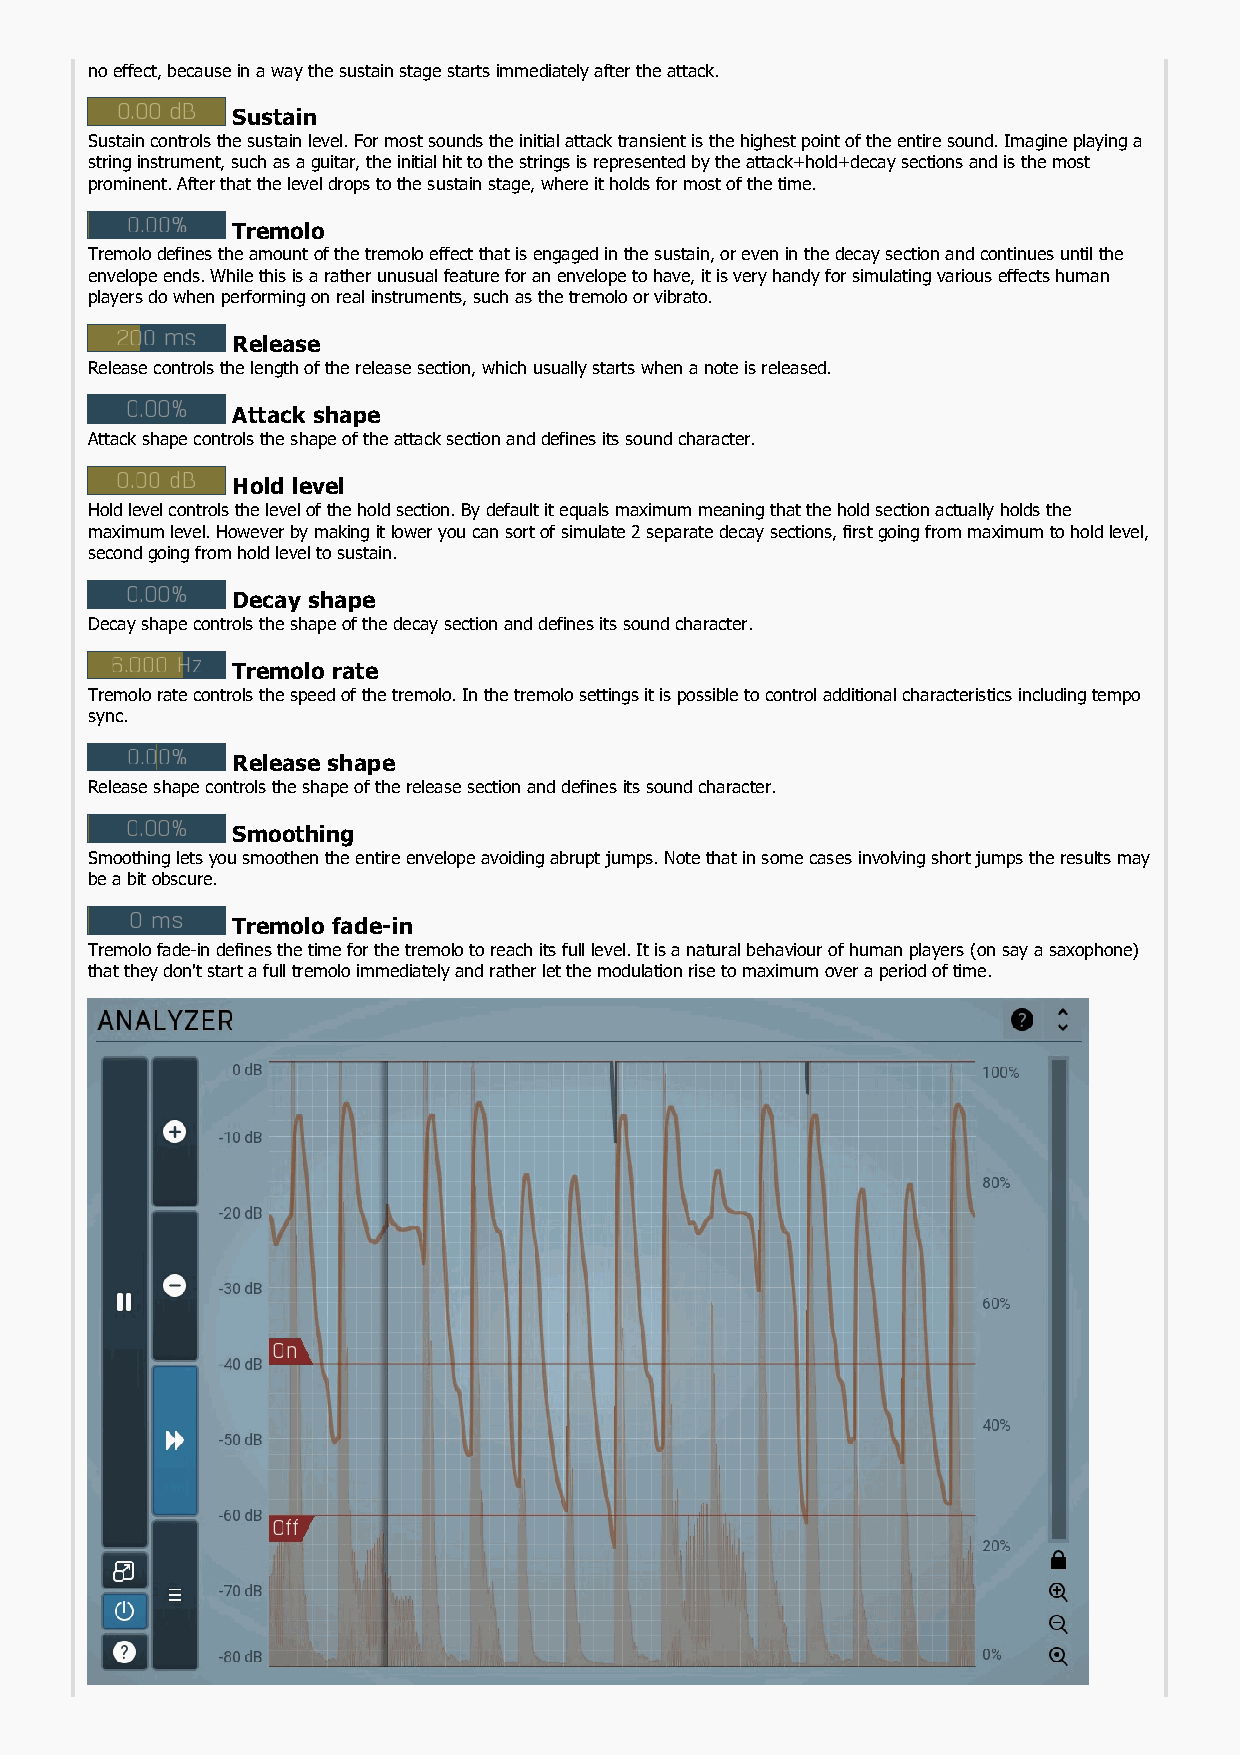
no effect, because in a way the sustain stage starts immediately after the attack.
 Sustain
 Sustain controls the sustain level. For most sounds the initial attack transient is the highest point of the entire sound. Imagine playing a
 string instrument, such as a guitar, the initial hit to the strings is represented by the attack+hold+decay sections and is the most
 prominent. After that the level drops to the sustain stage, where it holds for most of the time.
 Tremolo
 Tremolo defines the amount of the tremolo effect that is engaged in the sustain, or even in the decay section and continues until the
 envelope ends. While this is a rather unusual feature for an envelope to have, it is very handy for simulating various effects human
 players do when performing on real instruments, such as the tremolo or vibrato.
 Release
 Release controls the length of the release section, which usually starts when a note is released.
 Attack shape
 Attack shape controls the shape of the attack section and defines its sound character.
 Hold level
 Hold level controls the level of the hold section. By default it equals maximum meaning that the hold section actually holds the
 maximum level. However by making it lower you can sort of simulate 2 separate decay sections, first going from maximum to hold level,
 second going from hold level to sustain.
 Decay shape
 Decay shape controls the shape of the decay section and defines its sound character.
 Tremolo rate
 Tremolo rate controls the speed of the tremolo. In the tremolo settings it is possible to control additional characteristics including tempo
 sync.
 Release shape
 Release shape controls the shape of the release section and defines its sound character.
 Smoothing
 Smoothing lets you smoothen the entire envelope avoiding abrupt jumps. Note that in some cases involving short jumps the results may
 be a bit obscure.
 Tremolo fade-in
 Tremolo fade-in defines the time for the tremolo to reach its full level. It is a natural behaviour of human players (on say a saxophone)
 that they don't start a full tremolo immediately and rather let the modulation rise to maximum over a period of time.